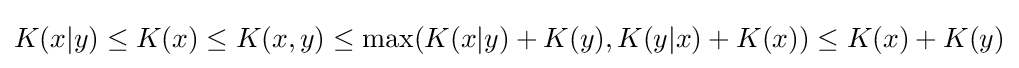
K(x|y)\leq K(x)\leq K(x,y)\leq \max(K(x|y)+K(y),K(y|x)+K(x))\leq K(x)+K(y)